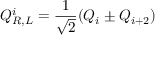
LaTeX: Q _ { R , L } ^ { i } = { \frac { 1 } { \sqrt { 2 } } } ( Q _ { i } \pm Q _ { i + 2 } )